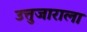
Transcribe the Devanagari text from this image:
उत्तुजाराला